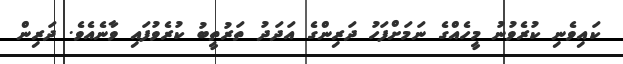
ކައިވެނި ކުރެވުނު މީހެއްގެ ނަމަށްފަހު ދަރިންގެ އަދަދު ތަރުތީބު ކުރެވުފައި ވާނެއެވެ. ދަރިން